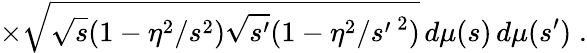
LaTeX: \times\sqrt{\sqrt{s}(1-\eta^{2}/s^{2})\sqrt{s^{\prime}}(1-\eta^{2}/{s^{\prime}\, }^{2})}\, d\mu(s)\, d\mu(s^{\prime})\; .